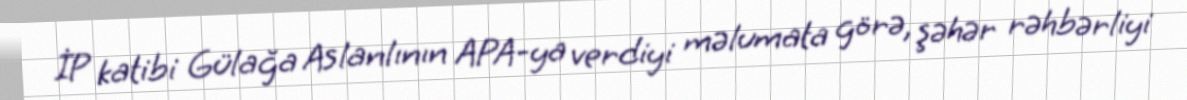
İP katibi Gülağa Aslanlının APA-ya verdiyi məlumata görə, şəhər rəhbərliyi